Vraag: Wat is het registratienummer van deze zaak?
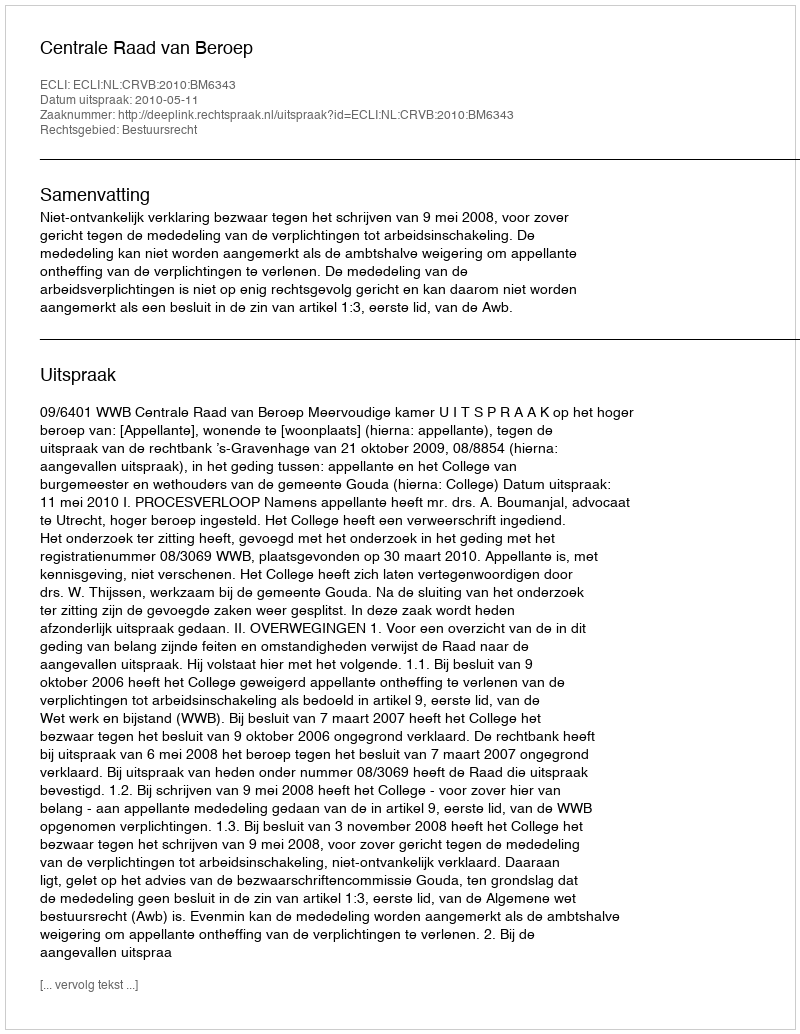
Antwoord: http://deeplink.rechtspraak.nl/uitspraak?id=ECLI:NL:CRVB:2010:BM6343